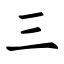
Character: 三